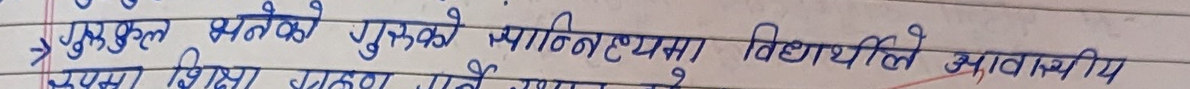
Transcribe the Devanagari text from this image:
→ गुरुकुल भनेको गुरुको माध्यममा विद्यार्थीले आवश्यक
भने शिक्षा प्राप्त गर्ने